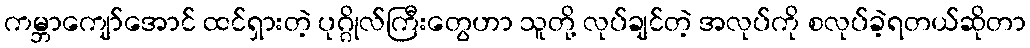
ကမ္ဘာကျော်အောင် ထင်ရှားတဲ့ ပုဂ္ဂိုလ်ကြီးတွေဟာ သူတို့ လုပ်ချင်တဲ့ အလုပ်ကို စလုပ်ခဲ့ရတယ်ဆိုတာ